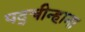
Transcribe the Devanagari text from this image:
पद्चीन्हाना